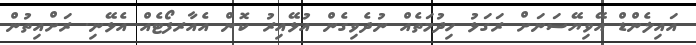
އައިލެންޑް އޭވިޔޭސަނަށް ރަގަޅު ހިދުމަތެއް ނުދެވިގެން އުޅޭއިރު ކޮން އެއާރފޯޓެއް އެޅޭނި. ރަށްއިތުން